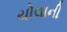
ચોલાની